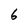
Character: 6